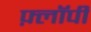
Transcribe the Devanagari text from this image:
फ़्लॉपी